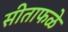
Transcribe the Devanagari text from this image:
सीताफळे